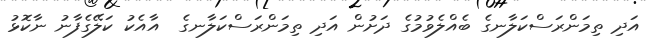
އަދި ތިމަންރަސްކަލާނގެ ބެއްލެވުމުގެ ދަށުން އަދި ތިމަންރަސްކަލާނގެ  އާއެކު ކަލޭގެފާނު ނާކޮޅު